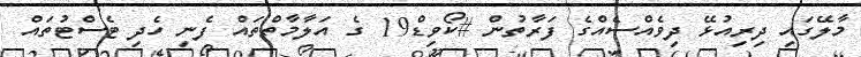
މާލޭގައި ދިރިއުޅޭ ދިވެއްސެއްގެ ފަރާތުން #ކޯވިޑް19 ގެ އަލާމާތްތައް ފެނި ހެދި ޓެސްޓުތައް